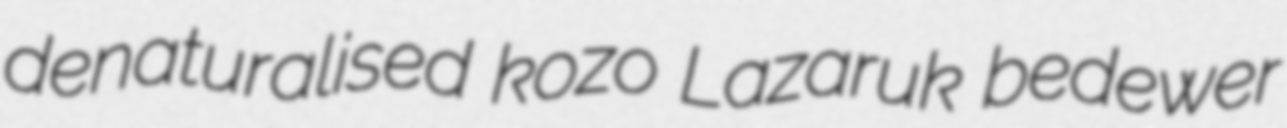
denaturalised kozo Lazaruk bedewer